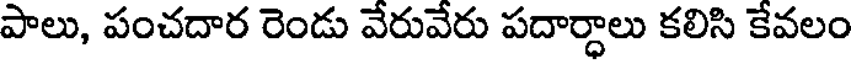
పాలు, పంచదార రెండు వేరువేరు పదార్ధాలు కలిసి కేవలం